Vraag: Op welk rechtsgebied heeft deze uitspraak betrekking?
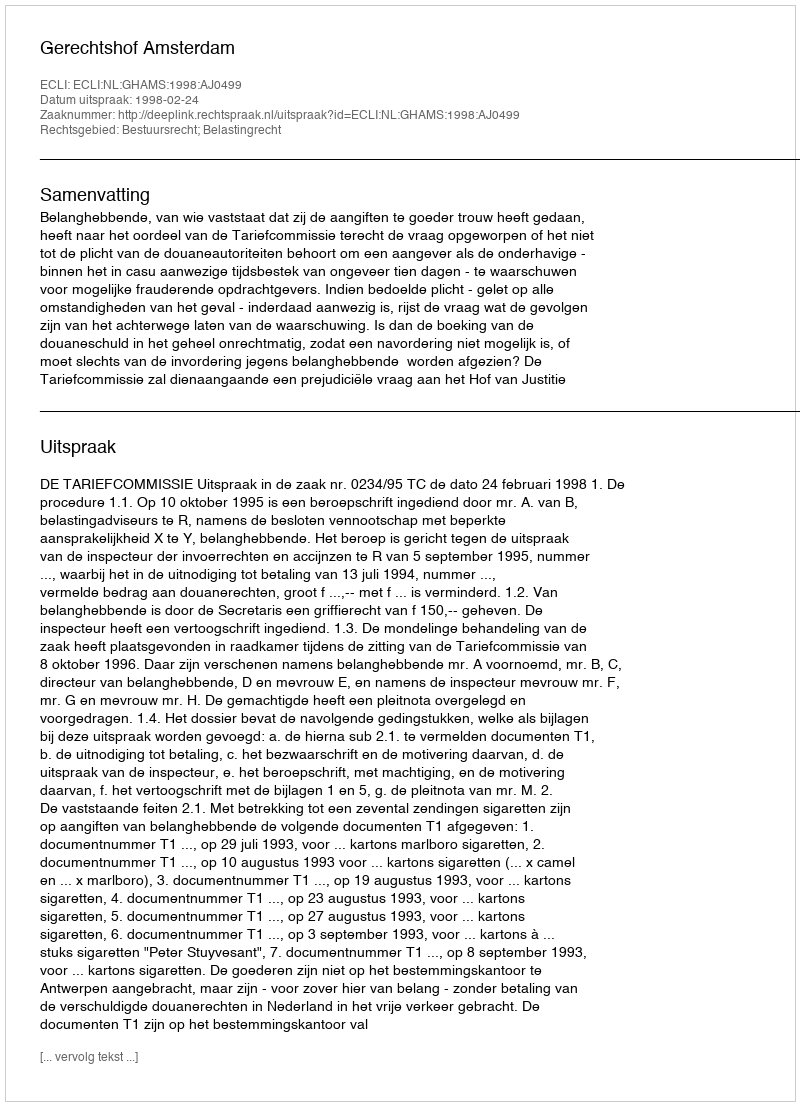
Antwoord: Bestuursrecht; Belastingrecht